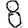
Digit: 8